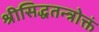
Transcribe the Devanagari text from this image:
श्रीसिद्धतन्त्रोक्तं